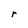
Character: r